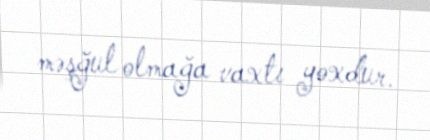
məşğul olmağa vaxtı yoxdur.